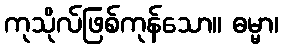
ကုသိုလ်ဖြစ်ကုန်သော။ ဓမ္မာ၊